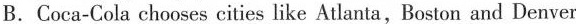
B.Coca-Cola chooses cities like Atlanta,Boston and Denver